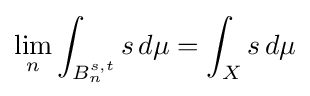
\lim _{n}\int _{B_{n}^{s,t}}s\,d\mu =\int _{X}s\,d\mu